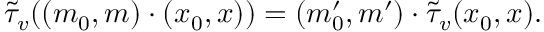
\widetilde { \tau } _ { v } ( ( m _ { 0 } , m ) \cdot ( x _ { 0 } , x ) ) = ( m _ { 0 } ^ { \prime } , m ^ { \prime } ) \cdot \widetilde { \tau } _ { v } ( x _ { 0 } , x ) .